Indian journal of veterinary science and animal husbandry - Volumes 26-27, 1956-1957
Year: 1956
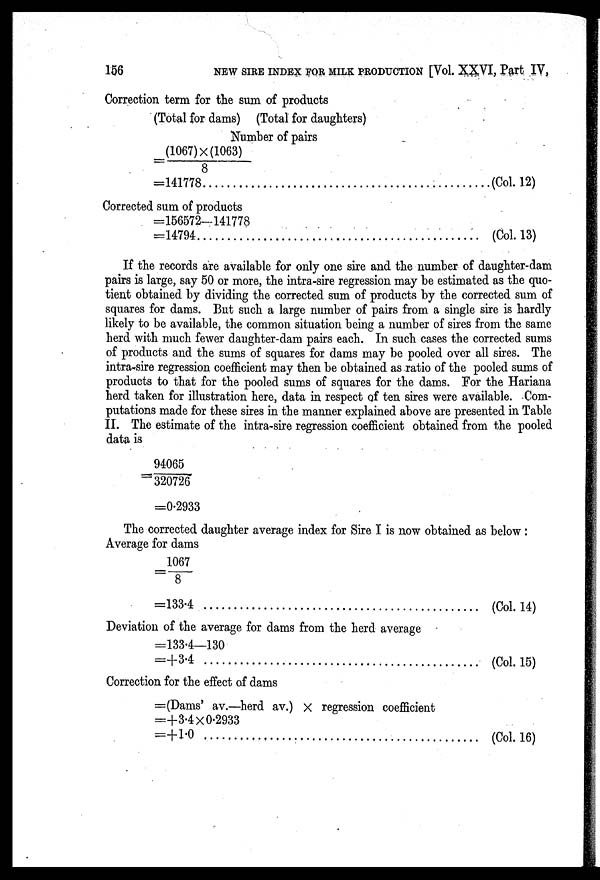
156
NEW SIRE INDEX FOR MILK PRODUCTION [Vol. XXVI, Part IV,
Correction term for the sum of products
(Total for dams) (Total for daughters)
Number of pairs
= (1067) × (1063) / 8
=141778
(Col. 12)
Corrected sum of products
=156572—141778
=14794
(Col. 13)
If the records are available for only one sire and the number of daughter-dam
pairs is large, say 50 or more, the intra-sire regression may be estimated as the quo-
tient obtained by dividing the corrected sum of products by the corrected sum of
squares for dams. But such a large number of pairs from a single sire is hardly
likely to be available, the common situation being a number of sires from the same
herd with much fewer daughter-dam pairs each. In such cases the corrected sums
of products and the sums of squares for dams may be pooled over all sires. The
intra-sire regression coefficient may then be obtained as ratio of the pooled sums of
products to that for the pooled sums of squares for the dams. For the Hariana
herd taken for illustration here, data in respect of ten sires were available. Com-
putations made for these sires in the manner explained above are presented in Table
II. The estimate of the intra-sire regression coefficient obtained from the pooled
data is
= 94065 / 320726
=0.2933
The corrected daughter average index for Sire I is now obtained as below :
Average for dams
=1067 / 8
=133.4
(Col. 14)
Deviation of the average for dams from the herd average
=133.4—130
=+3.4
(Col. 15)
Correction for the effect of dams
=(Dams' av.—herd av.) × regression coefficient
=+3.4 × 0.2933
=+1.0
(Col. 16)